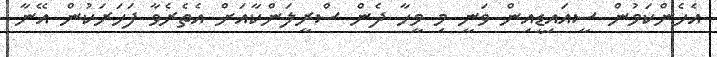
އެހެންކަމުން ސީއައިޑީއިން ވަނީ މި މީހާ ދެން ސްރީލަންކާއަށް އެތެރެވާ ފަހަރަކުން އޭނާ